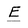
Character: E